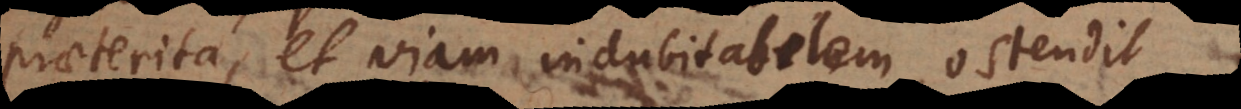
praeterita, et viam indubitabilem ostendit